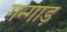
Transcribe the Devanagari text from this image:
गन्गाड़